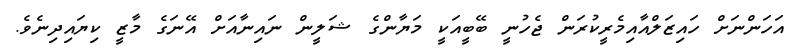
އަހަންނަށް ހައިޒަލްއާއިމެރީކުރަން ޖެހުނީ ބޭބީއަކީ މަޔާންގެ ޝަލީން ނައިނާއަށް އޭނަގެ މާޒީ ކިޔައިދިނެވެ.